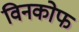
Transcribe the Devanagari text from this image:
विनकोफ